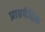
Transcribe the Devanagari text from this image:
प्राग्रवैदिक